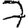
Digit: 7